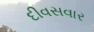
દીવસવાર